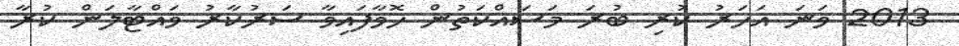
2013 ވަނަ އަހަރު ކުރި ބުރަ މަަސައްކަތުން ހޮވާފައިވާ ސަރުކާރު ވައްޓާލަން ކުރާ